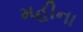
મહીના